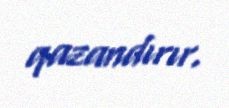
qazandırır.